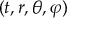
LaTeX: ( t , r , \theta , \varphi )